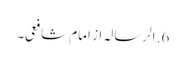
6. الرسالہ از امام شافعی۔